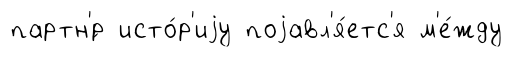
партн'́р исто́р'иjу поjавл'я́етс'я м'е́жду